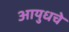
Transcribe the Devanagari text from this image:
आयुधचे